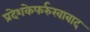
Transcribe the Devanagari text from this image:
प्रदेशकेफर्रुखाबाद